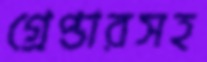
গ্রেপ্তারসহ